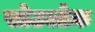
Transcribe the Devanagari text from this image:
सोउलोक